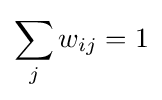
\sum _{j}w_{ij}=1